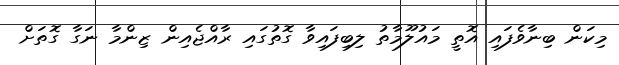
މިކަން ބިނާވެފައި އޮތީ މައުލޫމާތު ލިބިފައިވާ ގޮތުގައި ރާއްޖެއިން ޒިންމާ ނަގާ ގޮތަށް